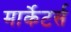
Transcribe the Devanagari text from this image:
मार्केटर्स